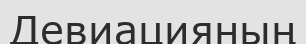
Девиацияның